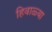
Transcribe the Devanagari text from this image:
हिवाळ्या